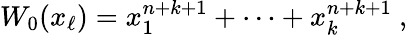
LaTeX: W_{0}(x_{\ell})=x_{1}^{n+k+1}+\cdots+x_{k}^{n+k+1}~,